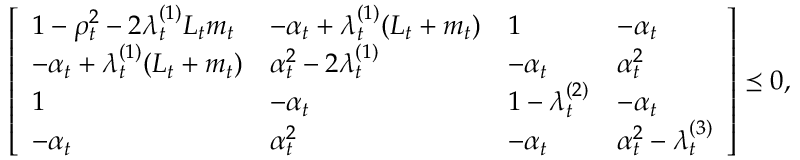
\begin{array} { r } { \left[ \begin{array} { l l l l } { 1 - \rho _ { t } ^ { 2 } - 2 \lambda _ { t } ^ { ( 1 ) } L _ { t } m _ { t } } & { - \alpha _ { t } + \lambda _ { t } ^ { ( 1 ) } ( L _ { t } + m _ { t } ) } & { 1 } & { - \alpha _ { t } } \\ { - \alpha _ { t } + \lambda _ { t } ^ { ( 1 ) } ( L _ { t } + m _ { t } ) } & { \alpha _ { t } ^ { 2 } - 2 \lambda _ { t } ^ { ( 1 ) } } & { - \alpha _ { t } } & { \alpha _ { t } ^ { 2 } } \\ { 1 } & { - \alpha _ { t } } & { 1 - \lambda _ { t } ^ { ( 2 ) } } & { - \alpha _ { t } } \\ { - \alpha _ { t } } & { \alpha _ { t } ^ { 2 } } & { - \alpha _ { t } } & { \alpha _ { t } ^ { 2 } - \lambda _ { t } ^ { ( 3 ) } } \end{array} \right] \preceq 0 , } \end{array}